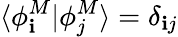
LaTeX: \langle\phi_{\mathbf{i}}^{M}|\phi_{j}^{M}\rangle=\delta_{\mathbf{i}j}